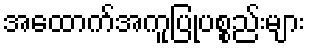
အထောက်အကူပြုပစ္စည်းများ